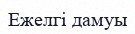
Ежелгі дамуы